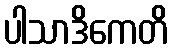
ပါသာဒိကေတိ